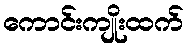
ကောင်းကျိုးထက်